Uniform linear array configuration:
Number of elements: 24
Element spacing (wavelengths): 0.25
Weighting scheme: blackman
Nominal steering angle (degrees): -30
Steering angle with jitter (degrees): -29.183
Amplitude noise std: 0.05
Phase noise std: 0.05

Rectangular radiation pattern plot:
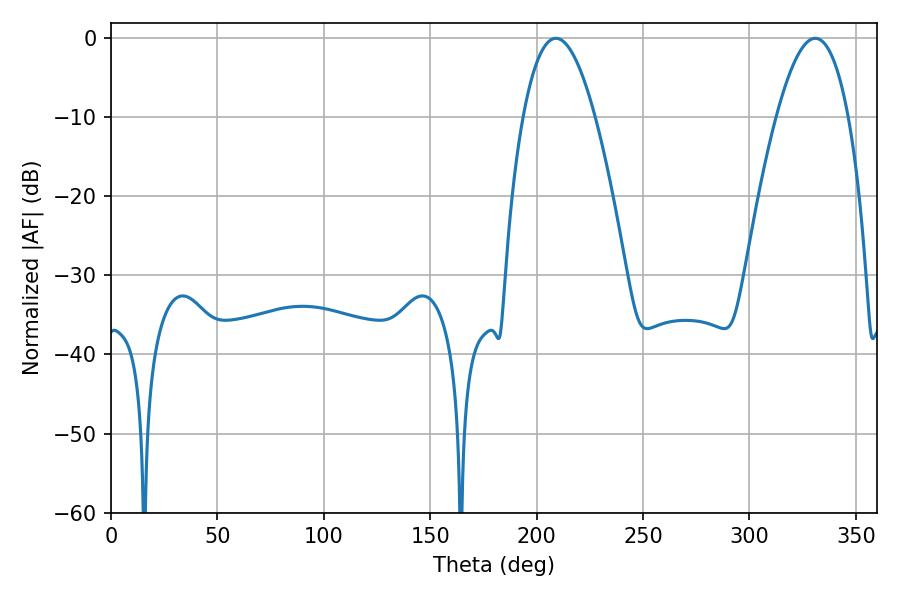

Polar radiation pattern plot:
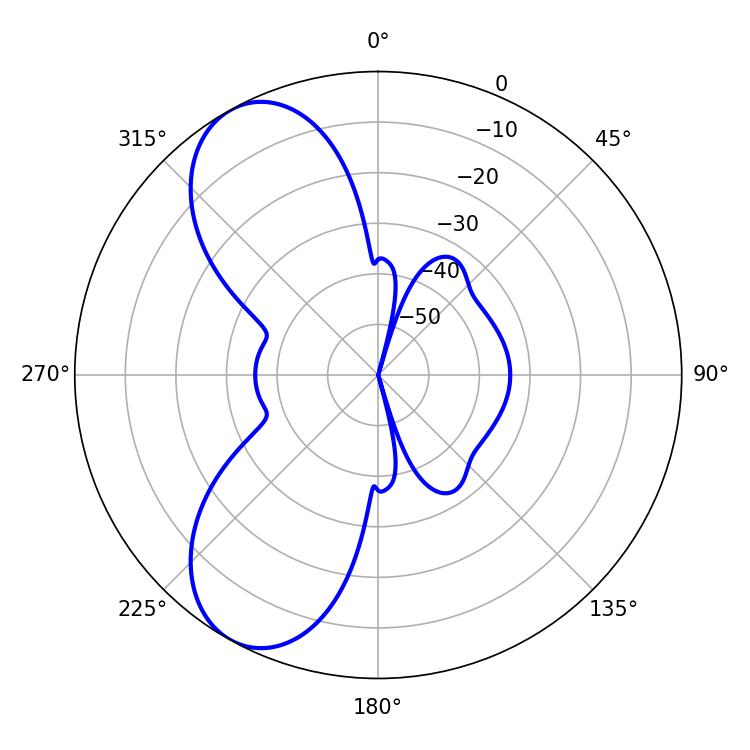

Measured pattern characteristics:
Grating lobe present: FALSE
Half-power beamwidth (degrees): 18.72
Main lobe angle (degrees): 208.98